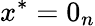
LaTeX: x^{*}=0_{n}